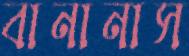
বানানাস